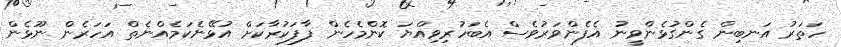
ހަތަރު އަނބިން ގެންގުޅެންވީނު އެފެންވަރުވެސް އެބަހުރިވިއްޔަ ކޮންމެހެން ފާފަކުރާކަށް އުޅޭނެކަމެއްނެތް އަހަރެން ނޫޅެން